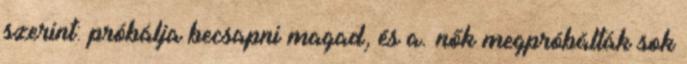
szerint: próbálja becsapni magad, és a. nők megpróbálták sok